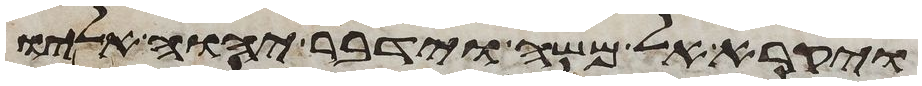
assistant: ויקרא אל משה וידבר יהוה אליו